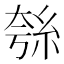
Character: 𮈋